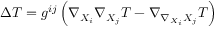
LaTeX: \Delta T = g ^ { i j } \left( \nabla _ { X _ { i } } \nabla _ { X _ { j } } T - \nabla _ { \nabla _ { X _ { i } } X _ { j } } T \right)